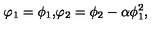
\begin{matrix} { \varphi _ { 1 } = \phi _ { 1 } , } \\ { \varphi _ { 2 } = \phi _ { 2 } - \alpha \phi _ { 1 } ^ { 2 } , } \\ \end{matrix}